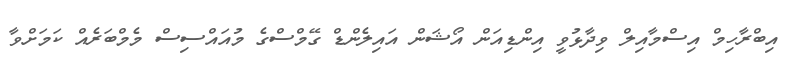
އިބްރާހިމް އިސްމާއިލް ވިދާޅުވީ އިންޑިއަން އޯޝަން އައިލެންޑް ގޭމްސްގެ މުއައްސިސް މެމްބަރެއް ކަމަށްވާ